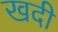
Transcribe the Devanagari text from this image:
खदी